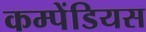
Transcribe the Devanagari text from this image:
कम्पेंडियस